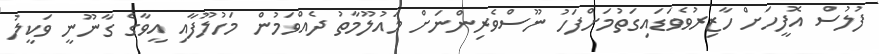
ފުލުސް އޮފީހަށް ހާޒިރުވެވަޑައިގަތުމަށްފަހު ނޫސްވެރިންނަށް މައުލޫމާތު ދެއްވަމުން މަހުލޫފާއި އީވާގެ ގާނޫނީ ވަކީލު